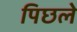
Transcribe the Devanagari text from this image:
पिछले